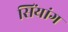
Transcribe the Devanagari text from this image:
सिंयांग